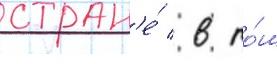
стран'е́ / в то́м